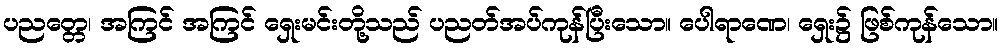
ပညတ္တေ၊ အကြင် အကြင် ရှေးမင်းတို့သည် ပညတ်အပ်ကုန်ပြီးသော။ ပေါရာဏေ၊ ရှေး၌ ဖြစ်ကုန်သော။